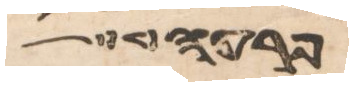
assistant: פרעה מלך